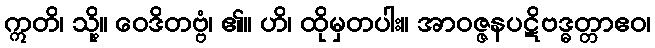
ဣတိ၊ သို့။ ဝေဒိတဗ္ဗံ၊ ၏။ ဟိ၊ ထိုမှတပါး။ အာဝဇ္ဇနပဋိဗဒ္ဓတ္တာဧဝ၊